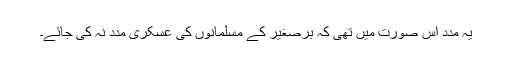
یہ مدد اس صورت میں تھی کہ برصغیر کے مسلمانوں کی عسکری مدد نہ کی جائے۔